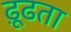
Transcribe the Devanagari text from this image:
ढ़ूढता